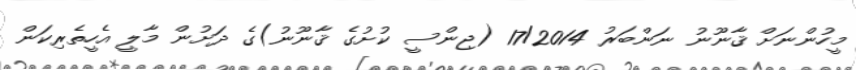
މީހުންނަށް ޤާނޫނު ނަންބަރު 17/2014 (ޖިންސީ ކުށުގެ ޤާނޫނު)ގެ ދަށުން މާލީ އެހީތެރިކަން